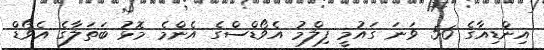
އިންޑިއާގެ 56 ވަނަ ގައުމީ ފިލްމު އެވޯޑްސްގެ އެންމެ މޮޅު ބަތަލާގެ އެވޯޑް